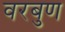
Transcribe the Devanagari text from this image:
वरबुण